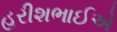
હરીશભાઈએ